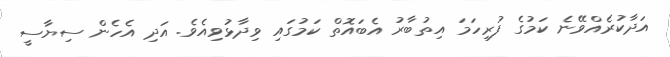
އަދާކުރެއްވޭނެ ކަމުގެ ފުރިހަމަ އިތުބާރު އެބައޮތް ކަމުގައި ވިދާޅުވިއެވެ. އަދި އެހެން ސިޔާސީ